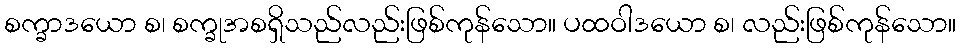
စက္ခာဒယော စ၊ စက္ခုအစရှိသည်လည်းဖြစ်ကုန်သော။ ပထဝါဒယော စ၊ လည်းဖြစ်ကုန်သော။